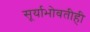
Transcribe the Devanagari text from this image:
सूर्याभोवतीही